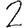
Digit: 2